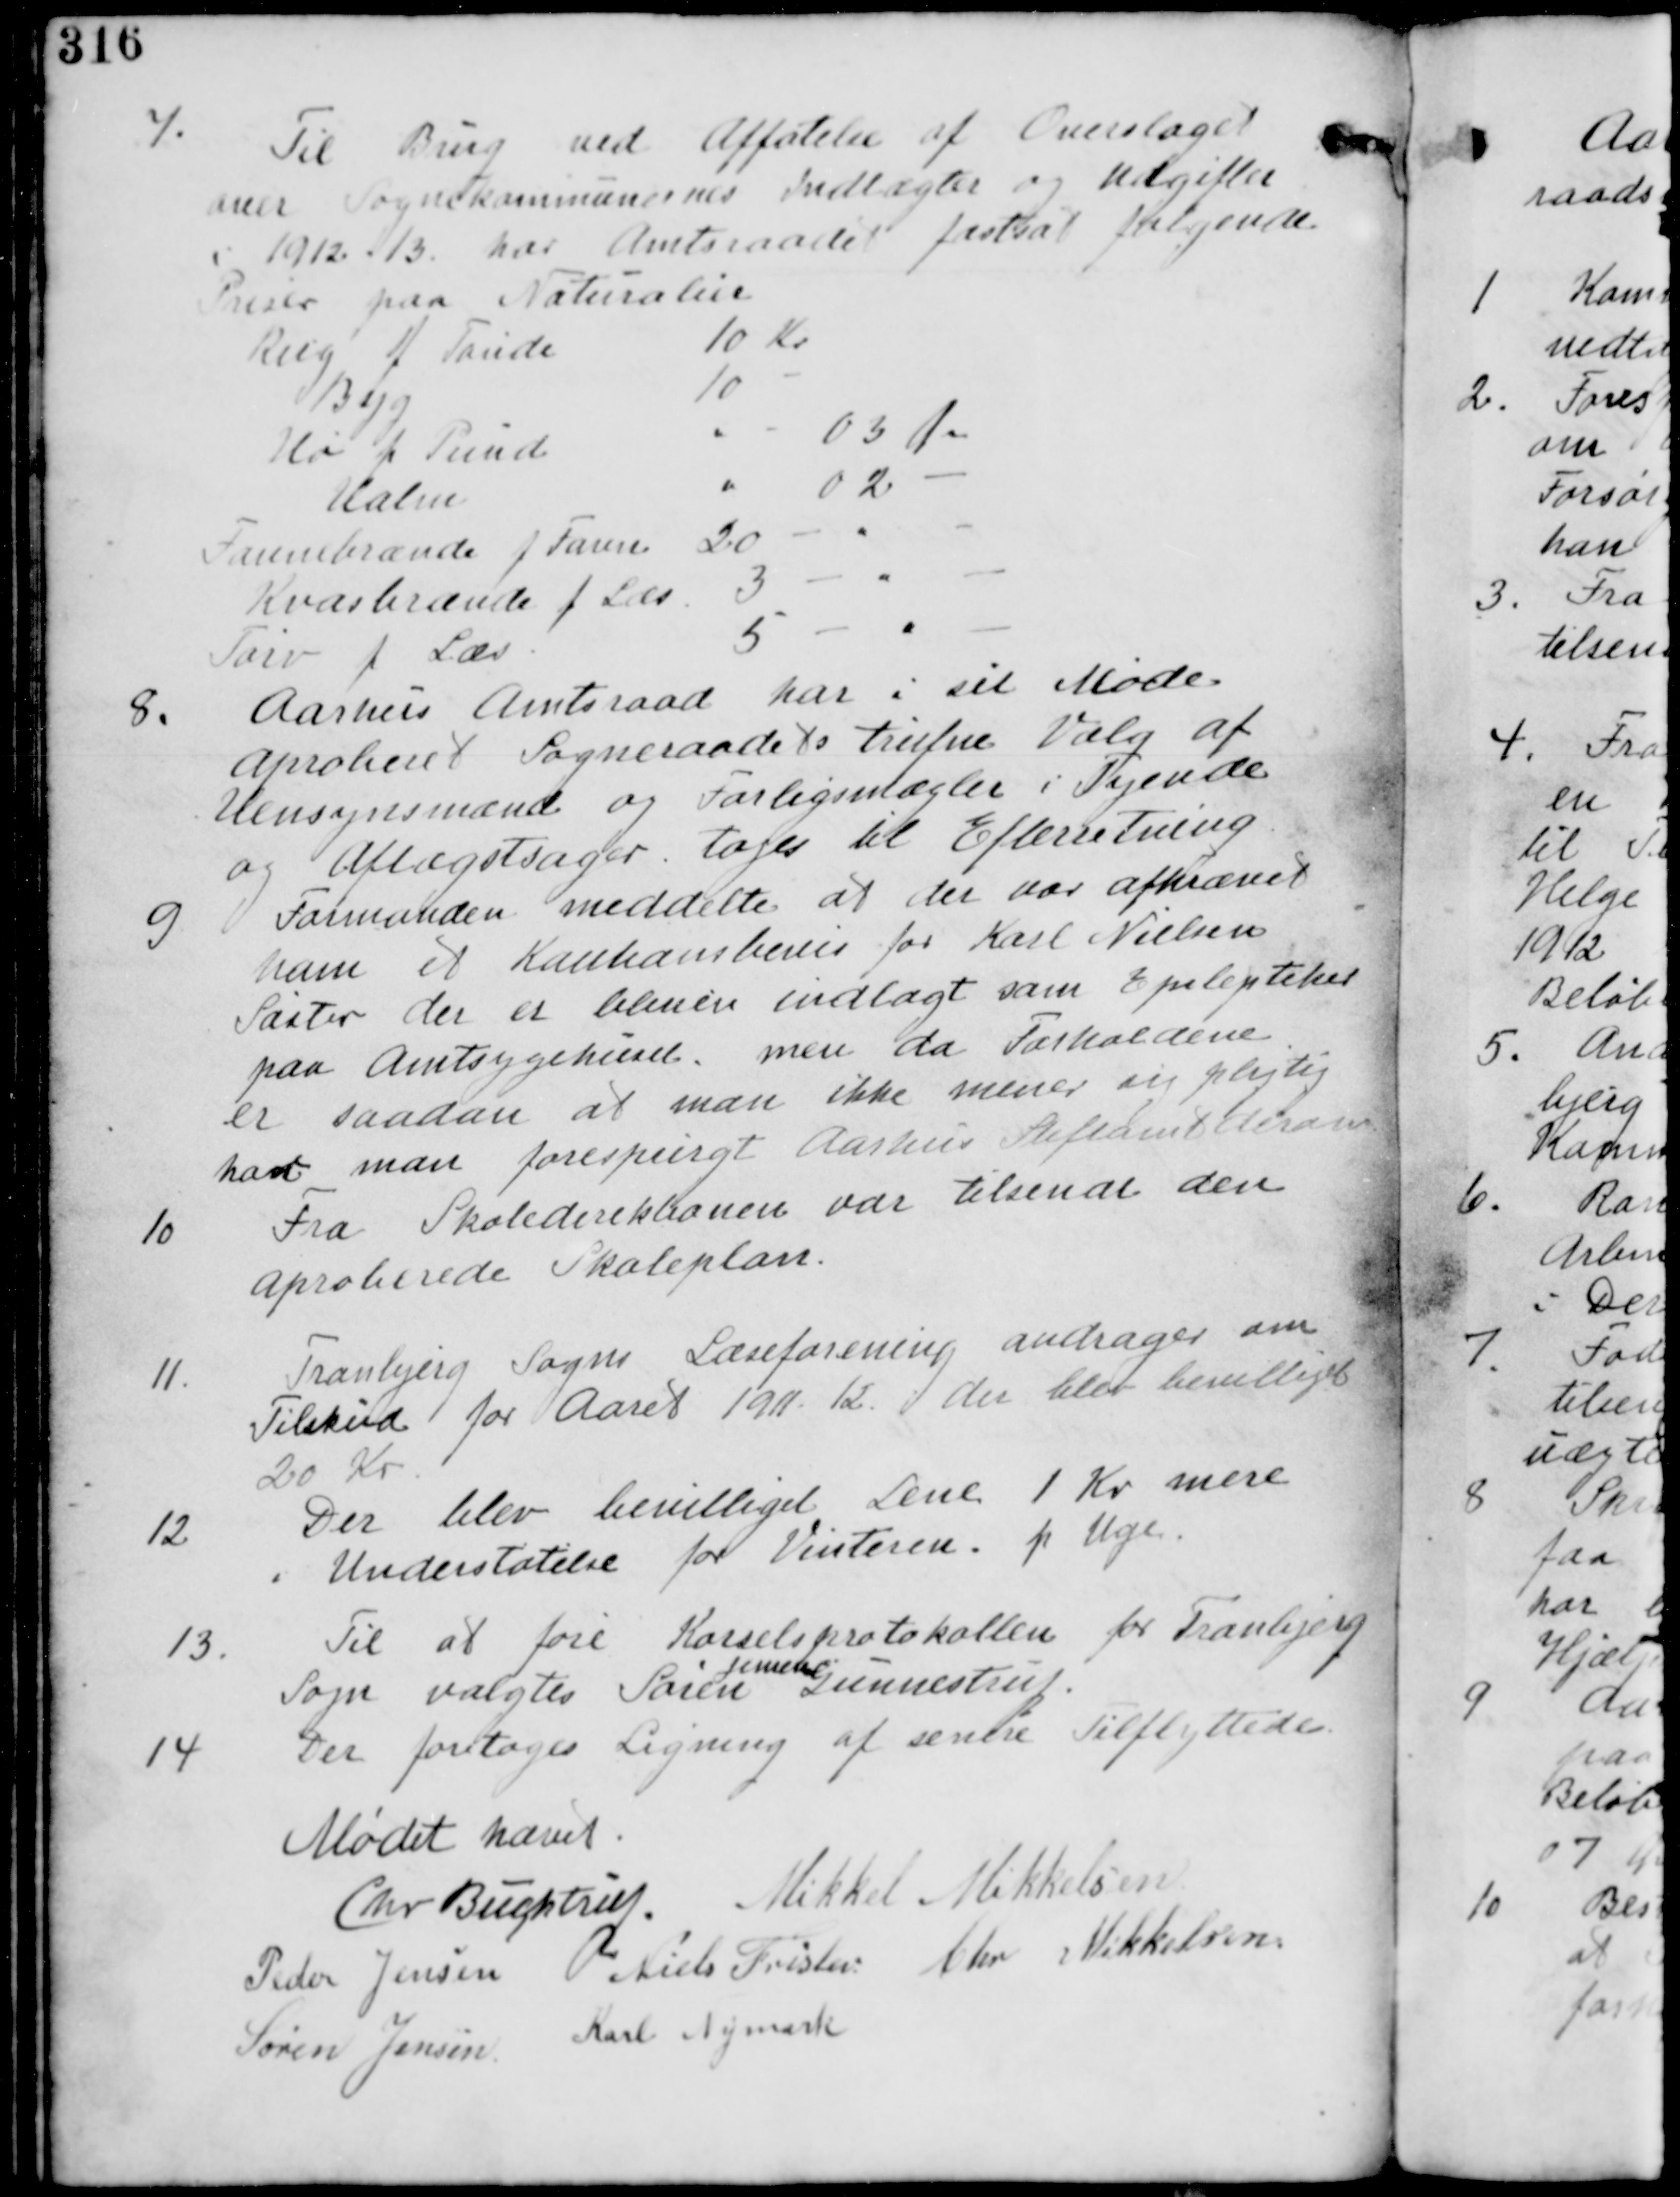
Transskription:
7. Til Brug ved Affatelse af Overslaget
over Sognekommunernes Indtægter og Udgifter
i 1912-1913 har Amtsraadet fastsat følgende
Priser paa Naturalier

8. Aarhus Amtsraad har i sit Møde
Aprobieret Sogneraadets trufne Valg af
Hegnsynsmænd og Forligsmægler i Tyende
og Aftægtssager toges til efterretning

9. Formanden meddelte at der var afkrævet
ham et Kautionsbevis for Karl Nielsen
Søster der er bleven indlagt som Epileptiker
paa Amtsygehuset. men da Forholdene
er saadan at man ikke mener sig pligtig
har man forespurgt Aarhus Stift derom.

10. Fra Skoledirektionen var tilsendt den
aprobierede Skoleplan.

11. Tranbjerg Sogne Læseforening andrager om
Tilskud for Aaret 1911-12 der blev bevilliget
20 Kr.

12. Der blev bevilliget Lene 1 Kr mere
i Understøtelse for Vinteren pr. Uge.

13. Til at føre Kørselsprotokollen for Tranbjerg
Jensen
Sogn valgtes Søren
Gunnestrup.

14 Der foretages Ligning af senere Tilflyttede

Mødet hævet

Chr. Buchstrup. Mikkel Mikkelsen

Peder Jensen Niels Frislev Chr. Mikkelsen

Søren Jensen
Karl Nymark